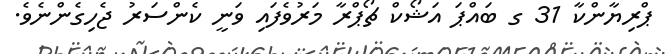
ޕްރިޔާންކާ 31 ގ ބައްޕަ އަޝޯކް ޗޯޕްރާ މަރުވެފައި ވަނީ ކެންސަރު ޖެހިގެންނެވެ.